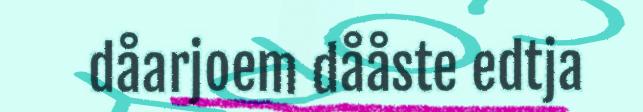
dåarjoem dååste edtja